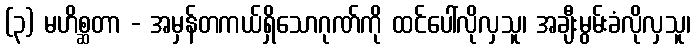
(၃) မဟိစ္ဆတာ - အမှန်တကယ်ရှိသောဂုဏ်ကို ထင်ပေါ်လိုလှသူ၊ အချီးမွမ်းခံလိုလှသူ၊